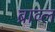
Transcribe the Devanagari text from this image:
ब्राव्ल